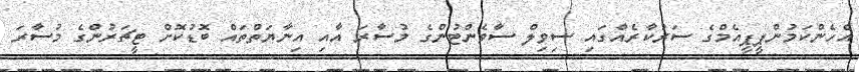
އެހެންކަމުންޕީޕީއެމްގެ ސަރުކާރެއްގައި ސިވިލް ސާވެންޓުންގެ މުސާރަ އާއި އިނާޔަތްތައް ބޮޑުކޮށް ޓީޗަރުންގެ މުސާރަ